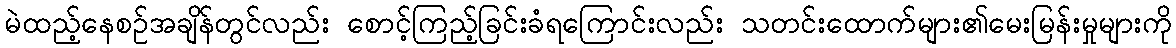
မဲထည့်နေစဉ်အချိန်တွင်လည်း စောင့်ကြည့်ခြင်းခံရကြောင်းလည်း သတင်းထောက်များ၏မေးမြန်းမှုများကို